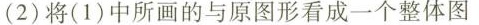
(2)将(1)中所画的与原图形看成一个整体图